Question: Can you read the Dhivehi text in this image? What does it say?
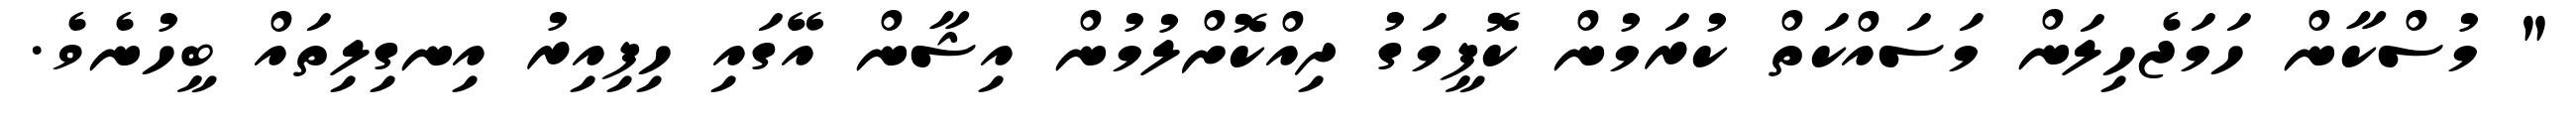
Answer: " މުސްކާން ހަމަޖެހިލަން މަސައްކަތް ކުރަމުން ކޮފީމަގު ދިއްކޮށްލުމުން އިޝާން އޭގައި ހިފިއިރު އިނގިލިތައް ބީހުނެވެ.